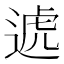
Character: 𨔛